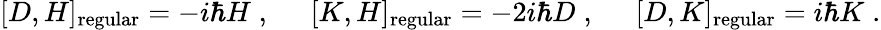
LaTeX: [D,H]_{\mathrm{regular}}=-i\hbar H\; ,\; \; \; \; \; [K,H]_{\mathrm{regular}}=-2i\hbar D\; ,\; \; \; \; \; [D,K]_{\mathrm{regular}}=i\hbar K\; .